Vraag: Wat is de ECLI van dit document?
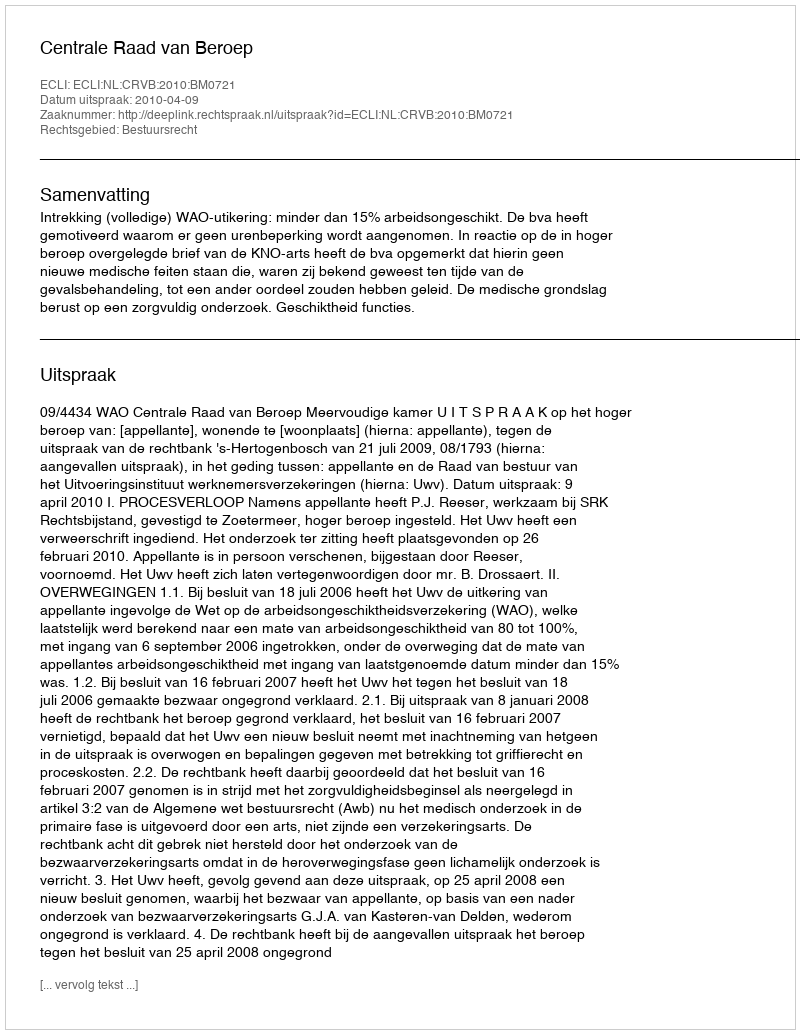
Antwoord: ECLI:NL:CRVB:2010:BM0721